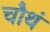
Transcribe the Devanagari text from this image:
चौथं